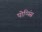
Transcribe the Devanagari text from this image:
पोप्पिंस